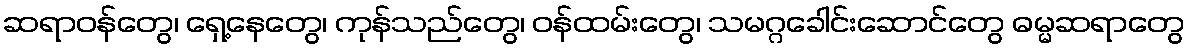
ဆရာဝန်တွေ၊ ရှေ့နေတွေ၊ ကုန်သည်တွေ၊ ဝန်ထမ်းတွေ၊ သမဂ္ဂခေါင်းဆောင်တွေ ဓမ္မဆရာတွေ